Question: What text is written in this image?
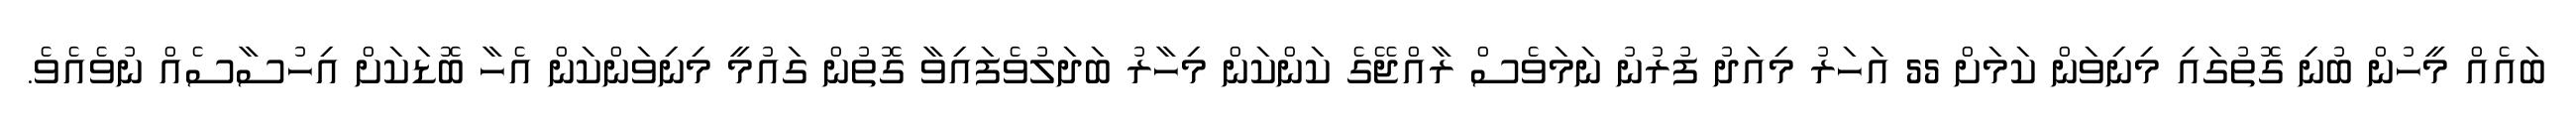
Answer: ބައެއް މީހުން ބުނި ގޮތުގައި މިނިވަން ކަމަށް 55 އަހަރު މިއަދު ފުރުނު ނަމަވެސް ރާއްޖޭގެ ކަންކަން މިހާރު ބަދަލުވެފައިވާ ގޮތުން ގައުމީ މިނިވަންކަން އެހާ ބޮޑަކަށް އިހުސާސެއް ނުވެއެވެ.